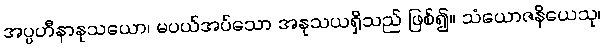
အပ္ပဟီနာနုသယော၊ မပယ်အပ်သော အနုသယရှိသည် ဖြစ်၍။ သံယောဇနိယေသု၊